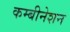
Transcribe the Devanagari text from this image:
कम्बीनेशन